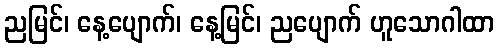
ညမြင်၊ နေ့ပျောက်၊ နေ့မြင်၊ ညပျောက် ဟူသောဂါထာ